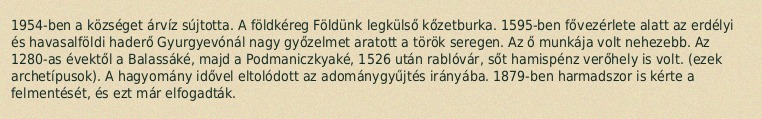
1954-ben a községet árvíz sújtotta. A földkéreg Földünk legkülső kőzetburka. 1595-ben fővezérlete alatt az erdélyi és havasalföldi haderő Gyurgyevónál nagy győzelmet aratott a török seregen. Az ő munkája volt nehezebb. Az 1280-as évektől a Balassáké, majd a Podmaniczkyaké, 1526 után rablóvár, sőt hamispénz verőhely is volt. (ezek archetípusok). A hagyomány idővel eltolódott az adománygyűjtés irányába. 1879-ben harmadszor is kérte a felmentését, és ezt már elfogadták.